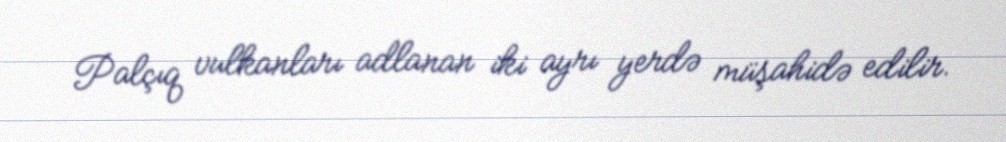
Palçıq vulkanları adlanan iki ayrı yerdə müşahidə edilir.